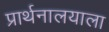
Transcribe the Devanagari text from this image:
प्रार्थनालयाला